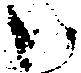
々